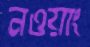
নওয়াং